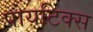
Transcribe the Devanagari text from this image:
पोयटिक्स